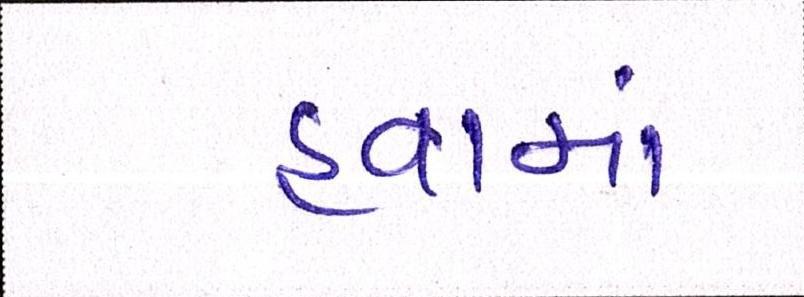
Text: હવામાં